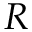
R